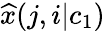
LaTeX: {\widehat x}(j,i|c_{1})